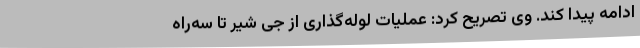
ادامه پیدا کند. وی تصریح کرد: عملیات لوله‌گذاری از جی شیر تا سه‌راه